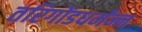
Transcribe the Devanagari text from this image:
तरिगोंडधर्मंन्न